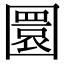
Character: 圜